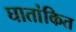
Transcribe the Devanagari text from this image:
घातांकित